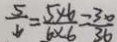
\frac { 5 } { 6 } = \frac { 5 \times 6 } { 6 \times 6 } = \frac { 3 0 } { 3 6 }